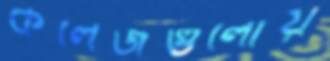
কলেজগুলোয়